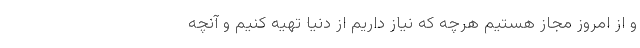
و از امروز مجاز هستیم هرچه که نیاز داریم از دنیا تهیه کنیم و آنچه